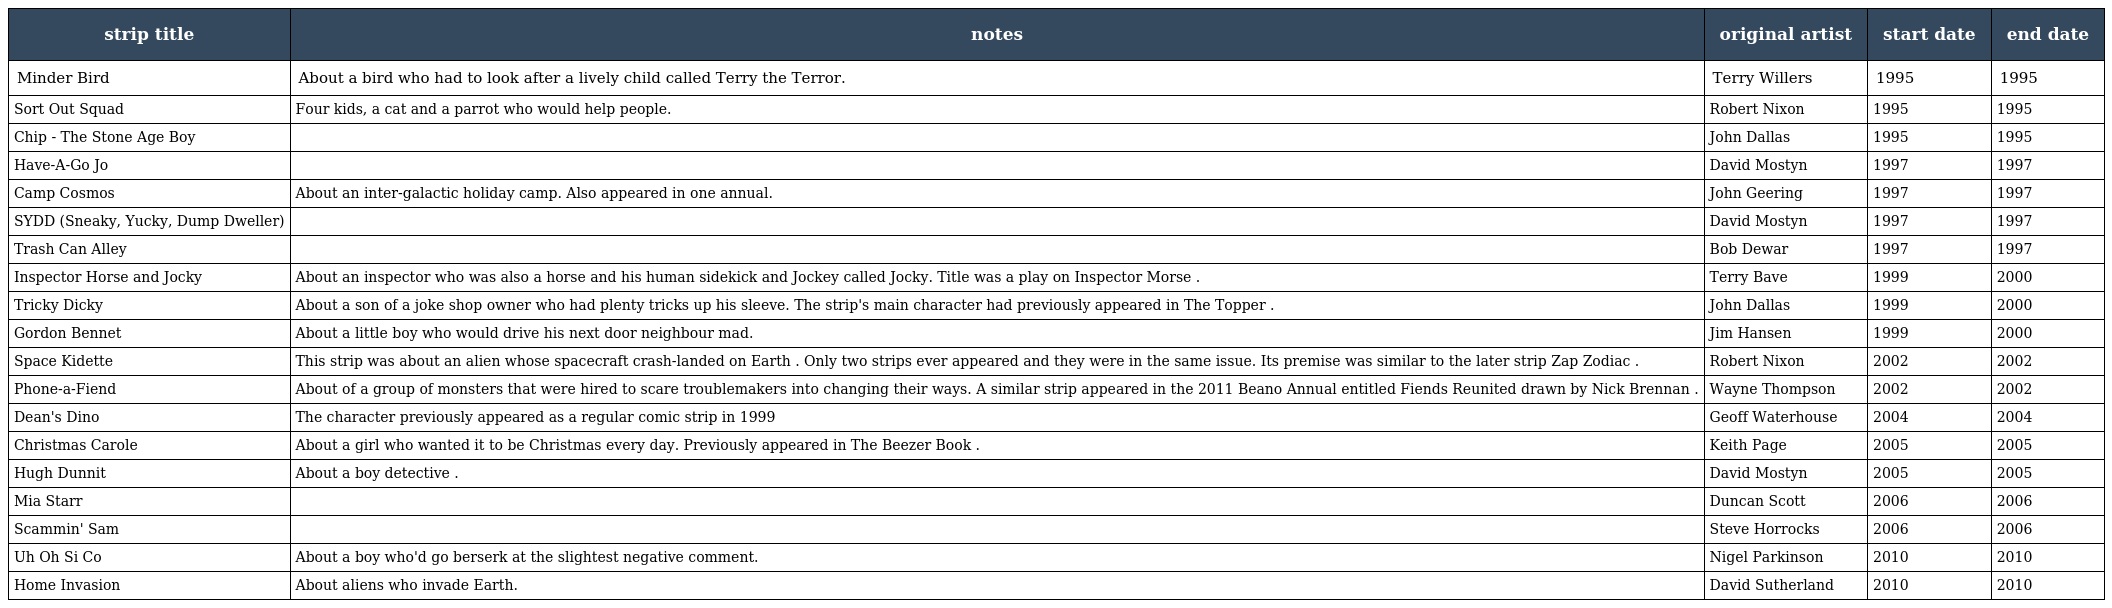
| strip title | notes | original artist | start date | end date |
 | --- | --- | --- | --- | --- |
 | Minder Bird | About a bird who had to look after a lively child called Terry the Terror. | Terry Willers | 1995 | 1995 |
 | Sort Out Squad | Four kids, a cat and a parrot who would help people. | Robert Nixon | 1995 | 1995 |
 | Chip - The Stone Age Boy |  | John Dallas | 1995 | 1995 |
 | Have-A-Go Jo |  | David Mostyn | 1997 | 1997 |
 | Camp Cosmos | About an inter-galactic holiday camp. Also appeared in one annual. | John Geering | 1997 | 1997 |
 | SYDD (Sneaky, Yucky, Dump Dweller) |  | David Mostyn | 1997 | 1997 |
 | Trash Can Alley |  | Bob Dewar | 1997 | 1997 |
 | Inspector Horse and Jocky | About an inspector who was also a horse and his human sidekick and Jockey called Jocky. Title was a play on Inspector Morse . | Terry Bave | 1999 | 2000 |
 | Tricky Dicky | About a son of a joke shop owner who had plenty tricks up his sleeve. The strip's main character had previously appeared in The Topper . | John Dallas | 1999 | 2000 |
 | Gordon Bennet | About a little boy who would drive his next door neighbour mad. | Jim Hansen | 1999 | 2000 |
 | Space Kidette | This strip was about an alien whose spacecraft crash-landed on Earth . Only two strips ever appeared and they were in the same issue. Its premise was similar to the later strip Zap Zodiac . | Robert Nixon | 2002 | 2002 |
 | Phone-a-Fiend | About of a group of monsters that were hired to scare troublemakers into changing their ways. A similar strip appeared in the 2011 Beano Annual entitled Fiends Reunited drawn by Nick Brennan . | Wayne Thompson | 2002 | 2002 |
 | Dean's Dino | The character previously appeared as a regular comic strip in 1999 | Geoff Waterhouse | 2004 | 2004 |
 | Christmas Carole | About a girl who wanted it to be Christmas every day. Previously appeared in The Beezer Book . | Keith Page | 2005 | 2005 |
 | Hugh Dunnit | About a boy detective . | David Mostyn | 2005 | 2005 |
 | Mia Starr |  | Duncan Scott | 2006 | 2006 |
 | Scammin' Sam |  | Steve Horrocks | 2006 | 2006 |
 | Uh Oh Si Co | About a boy who'd go berserk at the slightest negative comment. | Nigel Parkinson | 2010 | 2010 |
 | Home Invasion | About aliens who invade Earth. | David Sutherland | 2010 | 2010 |